Madras plague regulations in force outside the Presidency town - Volume 2
Disease focus: Plague
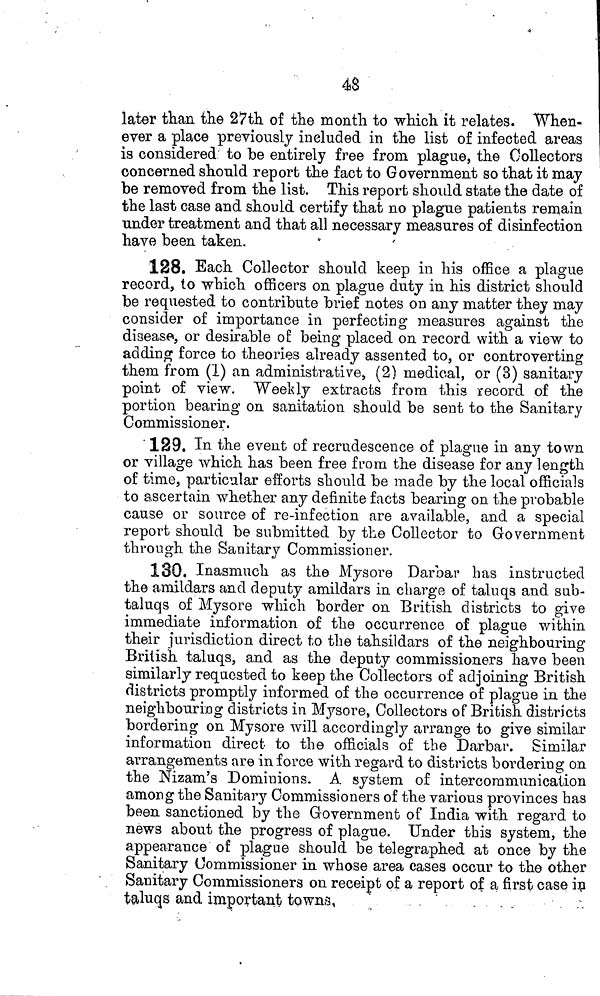
48
later than the 27th of the month to which it relates. When-
ever a place previously included in the list of infected areas
is considered to be entirely free from plague, the Collectors
concerned should report the fact to Government so that it may
be removed from the list. This report should state the date of
the last case and should certify that no plague patients remain
under treatment and that all necessary measures of disinfection
have been taken.
128. Each Collector should keep in his office a plague
record, to which officers on plague duty in his district should
be requested to contribute brief notes on any matter they may
consider of importance in perfecting measures against the
disease, or desirable o£ being placed on record with a view to
adding force to theories already assented to, or controverting
them from (1) an administrative, (2) medical, or (3) sanitary
point of view. Weekly extracts from this record of the
portion bearing on sanitation should be sent to the Sanitary
Commissioner.
129. In the event of recrudescence of plague in any town
or village which has been free from the disease for any length
of time, particular efforts should be made by the local officials
to ascertain whether any definite facts bearing on the probable
cause or source of re-infection are available, and a special
report should be submitted by the Collector to Government
through the Sanitary Commissioner.
130. Inasmuch as the Mysore Darbar has instructed
the amildars and deputy amildars in charge of taluqs and sub-
taluqs of Mysore which border on British districts to give
immediate information of the occurrence of plague within
their jurisdiction direct to the tahsildars of the neighbouring
British taluqs, and as the deputy commissioners have been
similarly requested to keep the Collectors of adjoining British
districts promptly informed of the occurrence of plague in the
neighbouring districts in Mysore, Collectors of British districts
bordering on Mysore will accordingly arrange to give similar
information direct to the officials of the Darbar. Similar
arrangements are in force with regard to districts bordering on
the Nizam's Dominions. A system of intercommunication
among the Sanitary Commissioners of the various provinces has
been sanctioned by the Government of India with regard to
news about the progress of plague. Under this system, the
appearance of plague should be telegraphed at once by the
Sanitary Commissioner in whose area cases occur to the other
Sanitary Commissioners on receipt of a report of a first case in
taluqs and important towns,